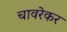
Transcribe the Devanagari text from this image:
चावरेकर